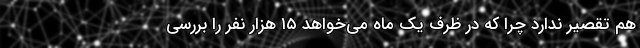
هم تقصیر ندارد چرا که در ظرف یک ماه می‌خواهد ۱۵ هزار نفر را بررسی